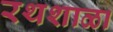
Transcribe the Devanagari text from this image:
रथशाळा